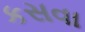
કસવા